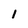
Character: 1